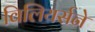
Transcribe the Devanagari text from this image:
विलियर्सने